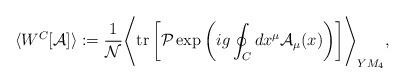
LaTeX: \begin{align*}\langle W^C [{\cal A}] \rangle := {1 \over {\cal N}}\Biggr\langle {\rm tr} \left[ {\cal P} \exp \left( i g \oint_C dx^\mu {\cal A}_\mu(x) \right) \right] \Biggr\rangle_{YM_4} ,\end{align*}